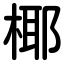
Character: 椰